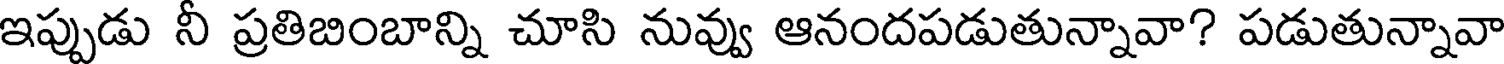
ఇప్పుడు నీ ప్రతిబింబాన్ని చూసి నువ్వు ఆనందపడుతున్నావా? పడుతున్నావా